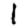
Digit: 1